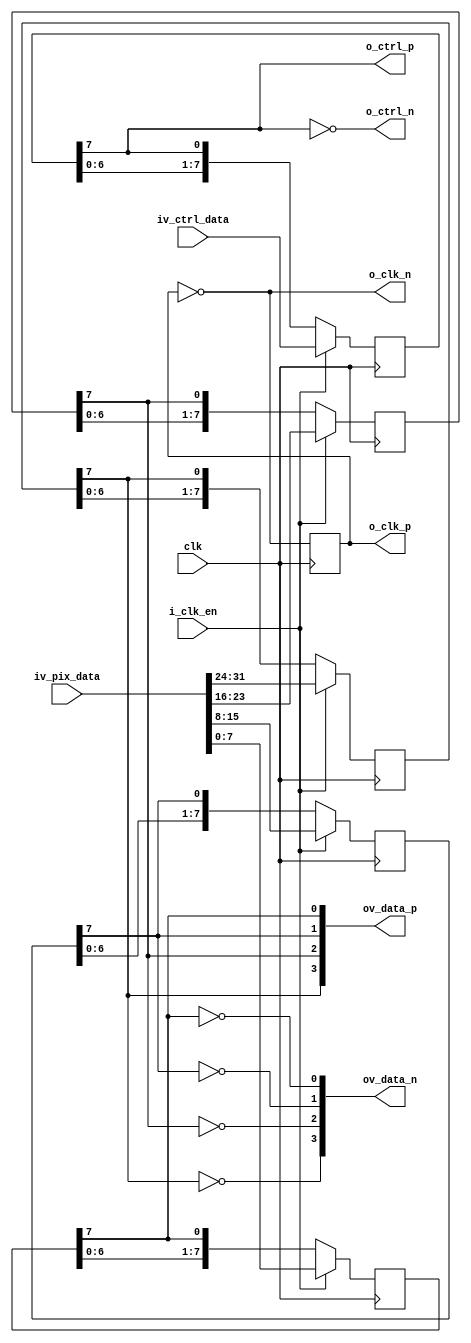
//-------------------------------------------------------------------------------------------------
//  --    : , 2010 -2015.
//  --      .
//  --          : FPGA
//  --        : serializer_python
//  --        : 
//-------------------------------------------------------------------------------------------------
//
//  --  :
//
//  --          :| 				:|  
//-------------------------------------------------------------------------------------------------
//  --        :| 2015/10/14 10:41:56	:|  
//-------------------------------------------------------------------------------------------------
//
//  --      :
//              1)  : ... ...
//
//              2)  : ... ...
//
//              3)  : ... ...
//
//-------------------------------------------------------------------------------------------------
///
`timescale 1ns/1ps
//-------------------------------------------------------------------------------------------------

module serializer_python # (
	parameter			DATA_WIDTH			= 8		,	//
	parameter			CHANNEL_NUM			= 4			//
	)
	(
	input										clk					,	//
	input										i_clk_en			,	//
	input	[DATA_WIDTH*CHANNEL_NUM-1:0]		iv_pix_data			,	//
	input	[DATA_WIDTH-1:0]					iv_ctrl_data		,	//
	output										o_clk_p				,
	output										o_clk_n				,
	output	[CHANNEL_NUM-1:0]					ov_data_p			,
	output	[CHANNEL_NUM-1:0]					ov_data_n			,
	output										o_ctrl_p			,
	output										o_ctrl_n
	);

	//	ref signals
	wire	[DATA_WIDTH-1:0]					wv_data_lane	[CHANNEL_NUM-1:0]	;
	reg		[DATA_WIDTH-1:0]					shifter_data	[CHANNEL_NUM-1:0]	;
	reg		[DATA_WIDTH-1:0]					shifter_ctrl		;
	reg											clk_ser_dly	= 1'b0;
	//	ref ARCHITECTURE

	//	===============================================================================================
	//	ref ******
	//	===============================================================================================
	//	-------------------------------------------------------------------------------------
	//	
	//	-- DATA_WIDTH bit
	//	--bytebyte
	//	-------------------------------------------------------------------------------------
	genvar	i;
	generate
		for(i=0;i<CHANNEL_NUM;i=i+1) begin
			assign	wv_data_lane[i]	= iv_pix_data[DATA_WIDTH*(i+1)-1:DATA_WIDTH*i];
		end
	endgenerate

	//	-------------------------------------------------------------------------------------
	//	1
	//	1.
	//	2.
	//	-------------------------------------------------------------------------------------
	genvar	ch;
	generate
		for(ch=0;ch<CHANNEL_NUM;ch=ch+1) begin
			always @ (posedge clk) begin
				if(i_clk_en) begin
					shifter_data[ch]	<= wv_data_lane[ch];
				end
				else begin
					shifter_data[ch]	<= {shifter_data[ch][DATA_WIDTH-2:0],shifter_data[ch][DATA_WIDTH-1]};
				end
			end
		end
	endgenerate

	//	-------------------------------------------------------------------------------------
	//	2-
	//	-------------------------------------------------------------------------------------
	always @ (posedge clk) begin
		if(i_clk_en) begin
			shifter_ctrl	<= iv_ctrl_data;
		end
		else begin
			shifter_ctrl	<= {shifter_ctrl[DATA_WIDTH-2:0],shifter_ctrl[DATA_WIDTH-1]};
		end
	end

	//	-------------------------------------------------------------------------------------
	//	2
	//	-------------------------------------------------------------------------------------
	always @ (posedge clk) begin
		clk_ser_dly	<= !clk_ser_dly;
	end

	//	===============================================================================================
	//	ref ******
	//	===============================================================================================
	assign	o_clk_p	= clk_ser_dly;
	assign	o_clk_n	= !clk_ser_dly;
	genvar	j;
	generate
		for(j=0;j<CHANNEL_NUM;j=j+1) begin
			assign	ov_data_p[j]	= shifter_data[j][DATA_WIDTH-1];
			assign	ov_data_n[j]	= !shifter_data[j][DATA_WIDTH-1];
		end
	endgenerate
	assign	o_ctrl_p	= shifter_ctrl[DATA_WIDTH-1];
	assign	o_ctrl_n	= !shifter_ctrl[DATA_WIDTH-1];


endmodule